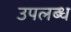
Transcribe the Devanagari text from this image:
उपलब्ध